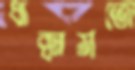
ধাক্কামতো